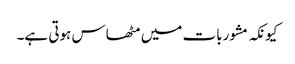
کیونکہ مشوربات میں مٹھاس ہوتی ہے۔